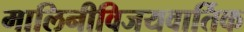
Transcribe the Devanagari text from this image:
मालिनीविजयवार्तिक